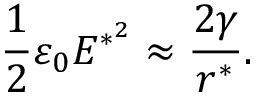
\frac { 1 } { 2 } \varepsilon _ { 0 } E ^ { * ^ { 2 } } \approx \frac { 2 \gamma } { r ^ { * } } .